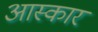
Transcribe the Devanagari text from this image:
आस्कार